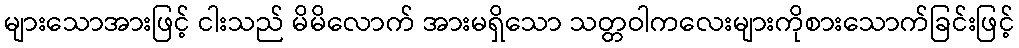
များသောအားဖြင့် ငါးသည် မိမိလောက် အားမရှိသော သတ္တဝါကလေးများကိုစားသောက်ခြင်းဖြင့်